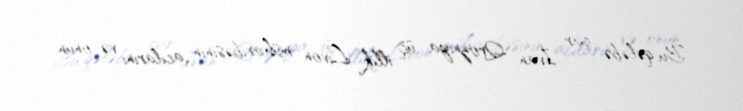
Bu qələbə çar İvan Qroznıya üç illik Livon müharibəsinin acılarını və onun